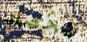
تخصك